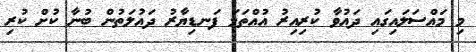
މި މައްސަލައިގައި ދައުވާ ކުރިއިރު އުއްތަމަ ފަނޑިޔާރު ދައުލަތުން ބުނާ ކުށް ކުރި